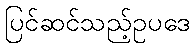
ပြင်ဆင်သည့်ဥပဒေ